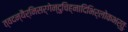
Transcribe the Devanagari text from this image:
त्वदन्यैर्निसर्गेन्दुचिह्नादिभिर्लोकभर्तुः